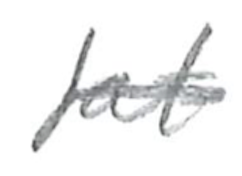
Text: fat
Cross-out: single-line
Writing tool: pencil